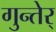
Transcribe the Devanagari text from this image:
गुन्तेर्